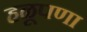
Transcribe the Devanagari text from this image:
हळूपणा